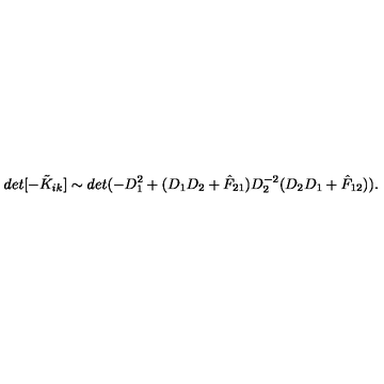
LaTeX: d e t [ - \tilde { K } _ { i k } ] \sim d e t ( - D _ { 1 } ^ { 2 } + ( D _ { 1 } D _ { 2 } + \hat { F } _ { 2 1 } ) D _ { 2 } ^ { - 2 } ( D _ { 2 } D _ { 1 } + \hat { F } _ { 1 2 } ) ) .